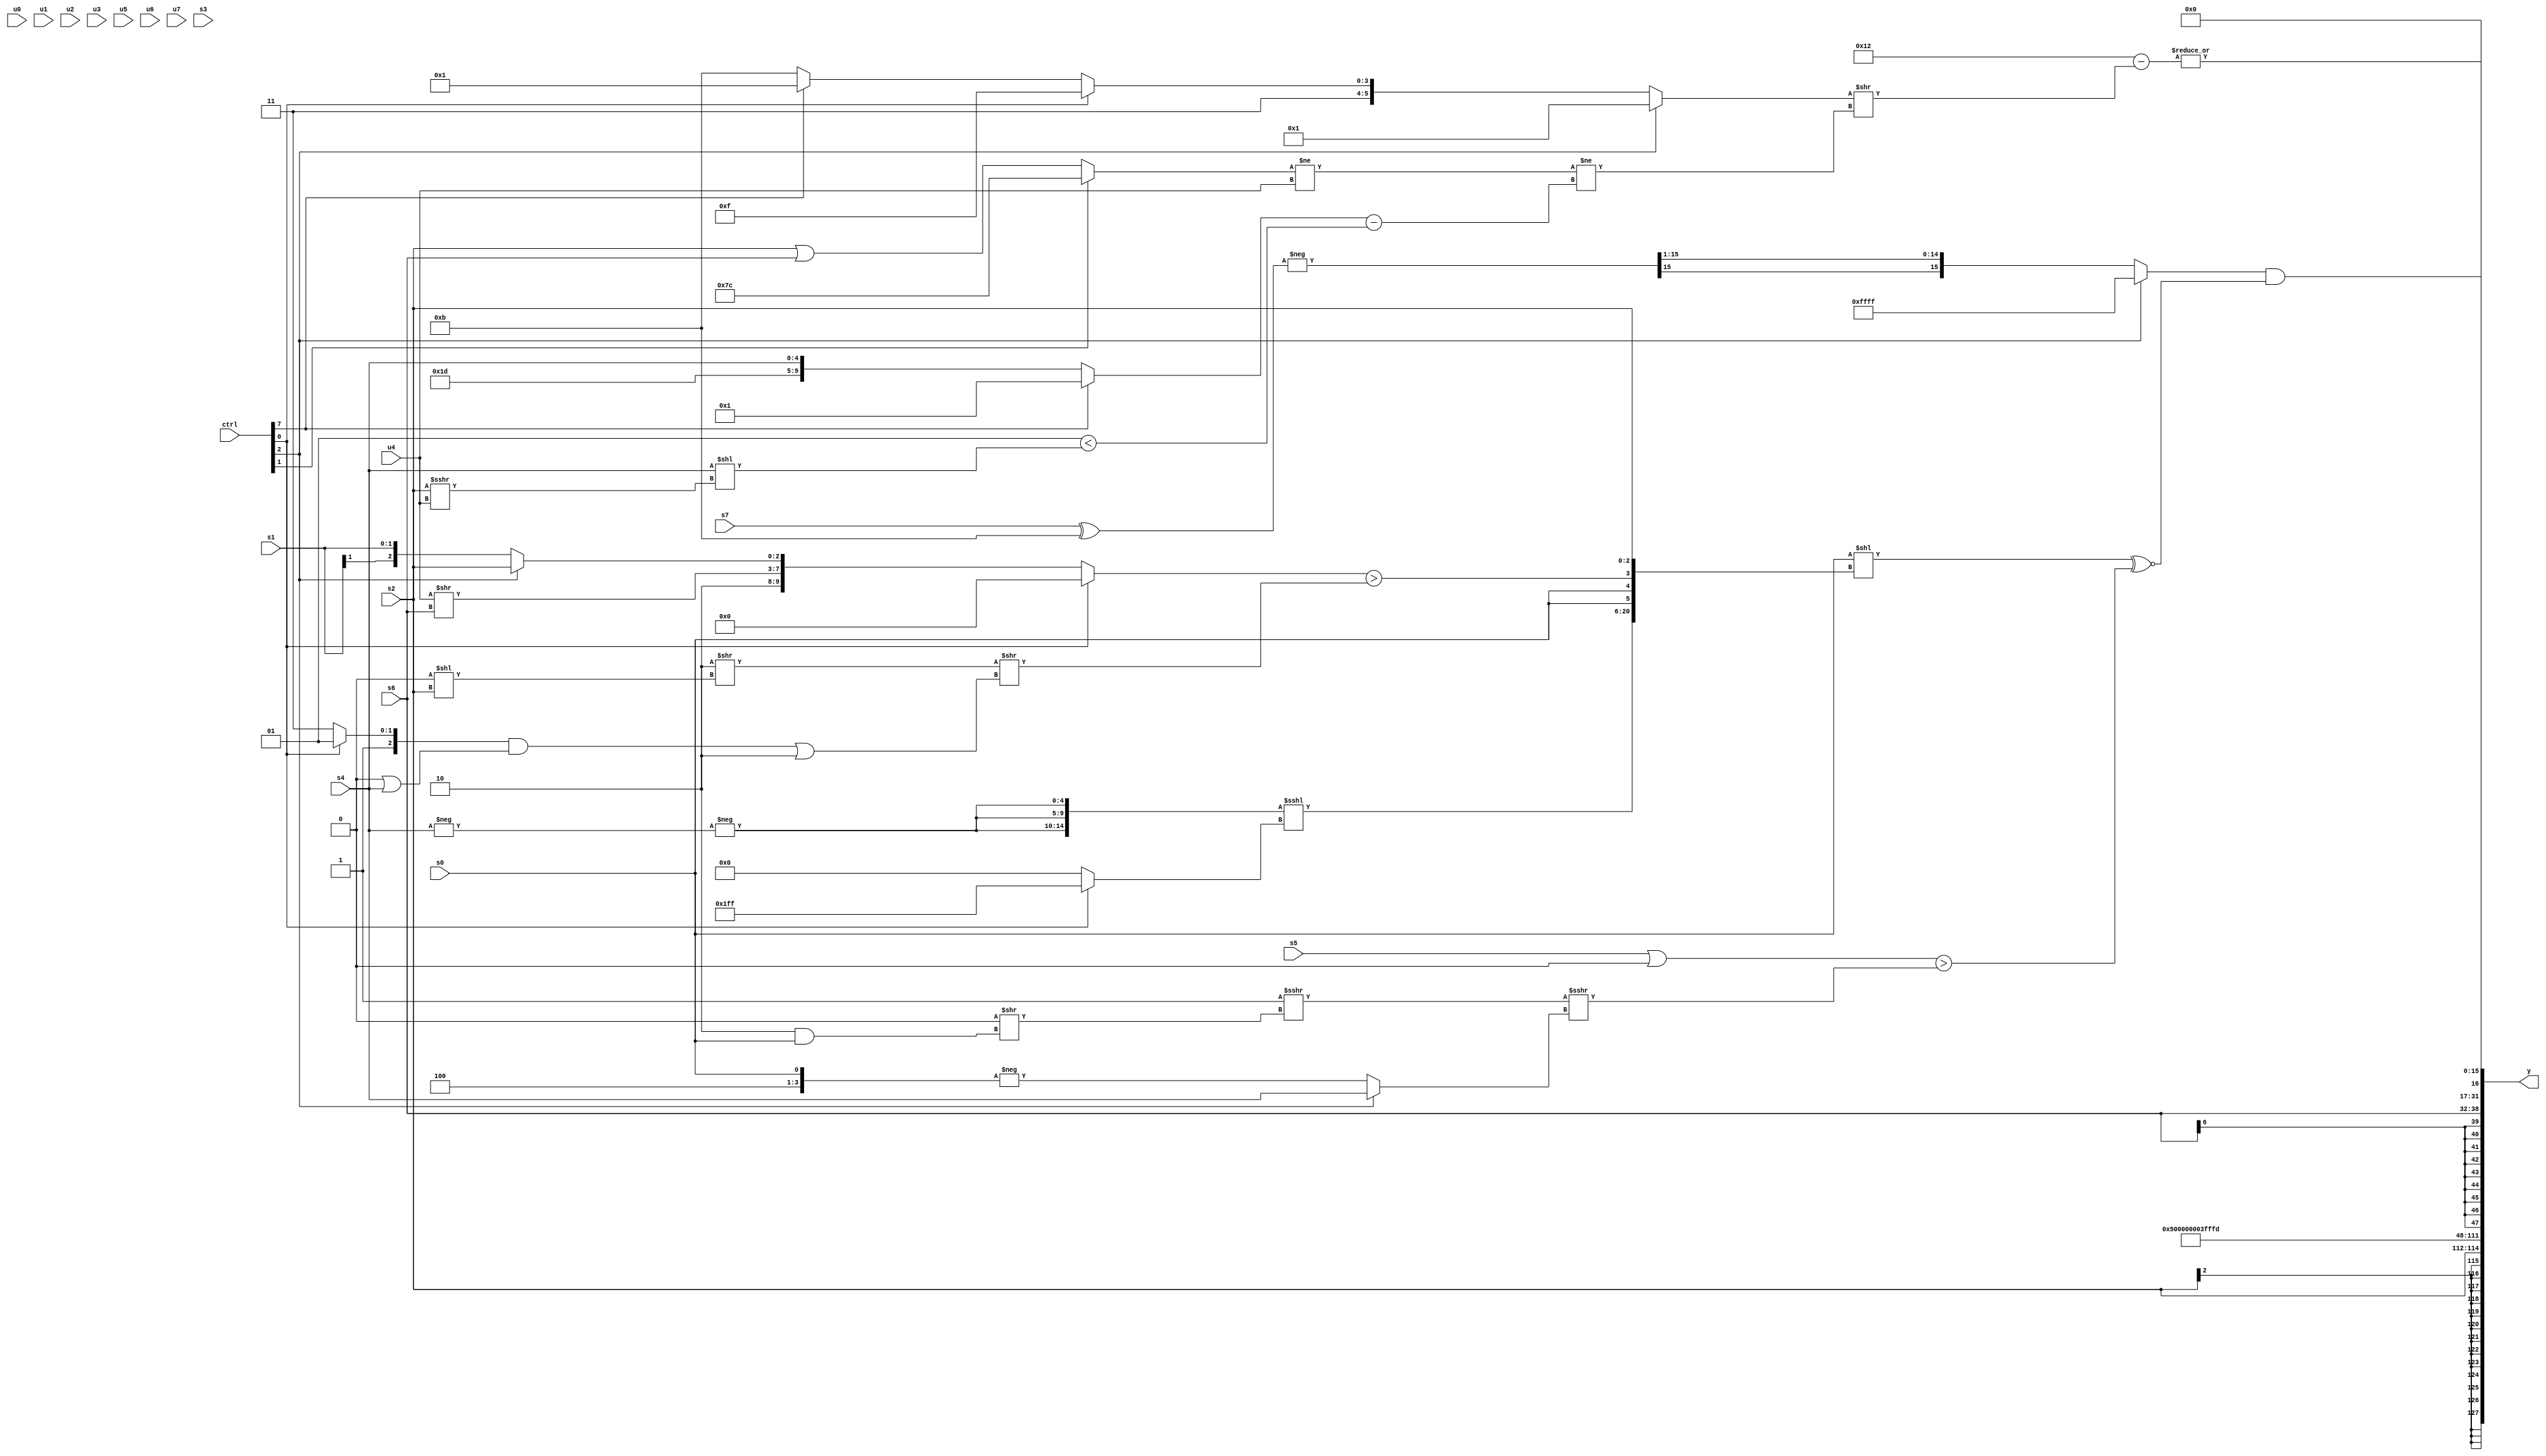
module wideexpr_00112(ctrl, u0, u1, u2, u3, u4, u5, u6, u7, s0, s1, s2, s3, s4, s5, s6, s7, y);
  input [7:0] ctrl;
  input [0:0] u0;
  input [1:0] u1;
  input [2:0] u2;
  input [3:0] u3;
  input [4:0] u4;
  input [5:0] u5;
  input [6:0] u6;
  input [7:0] u7;
  input signed [0:0] s0;
  input signed [1:0] s1;
  input signed [2:0] s2;
  input signed [3:0] s3;
  input signed [4:0] s4;
  input signed [5:0] s5;
  input signed [6:0] s6;
  input signed [7:0] s7;
  output [127:0] y;
  wire [15:0] y0;
  wire [15:0] y1;
  wire [15:0] y2;
  wire [15:0] y3;
  wire [15:0] y4;
  wire [15:0] y5;
  wire [15:0] y6;
  wire [15:0] y7;
  assign y = {y0,y1,y2,y3,y4,y5,y6,y7};
  assign y0 = s2;
  assign y1 = 3'b101;
  assign y2 = 2'b00;
  assign y3 = $signed((5'sb11100)^~(2'sb00));
  assign y4 = 3'sb101;
  assign y5 = s6;
  assign y6 = |((6'sb010010)-(((ctrl[2]?5'sb00001:(ctrl[0]?$signed(1'sb1):$signed({1{(ctrl[7]?6'sb110001:5'sb11011)}}))))>>((($unsigned((ctrl[1]?3'sb100:(s2)|(s6))))!=(u4))!=(((ctrl[7]?|(6'sb101110):{5'sb11101,s4}))-((2'sb01)<((s4)<<((s2)>>>(u4))))))));
  assign y7 = ((ctrl[2]?1'sb1:(-((s7)^(4'sb1011)))>>>(2'b01)))&(((s0)<<({(+({3{-(-(s4))}}))<<<((ctrl[0]?-(^(5'sb11111)):{3{3'sb000}})),{2{s0}},((ctrl[0]?^($signed({1{3'b011}})):$unsigned({2'sb01,&(3'sb010),(u4)>>(s6),(ctrl[2]?s2:s1)})))>(($signed((2'sb10)>>((2'sb00)<<(s2))))>>((((ctrl[0]?5'sb11101:1'sb1))&((1'sb0)|(s4)))|(4'sb1110))),s2}))^~($signed(((s5)|(2'sb00))>(((2'sb11)>>>($signed((1'sb0)>>((2'sb10)&(s0)))))>>>(((ctrl[2]?(+(s4))>>({2{1'sb0}}):-({3'b100,s0})))<<(&(6'sb010000)))))));
endmodule